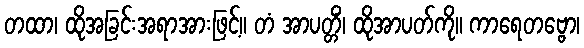
တထာ၊ ထိုအခြင်းအရာအားဖြင့်။ တံ အာပတ္တိံ၊ ထိုအာပတ်ကို။ ကာရေတဗ္ဗော၊